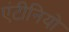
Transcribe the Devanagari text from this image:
एंटीनियो